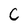
Character: C